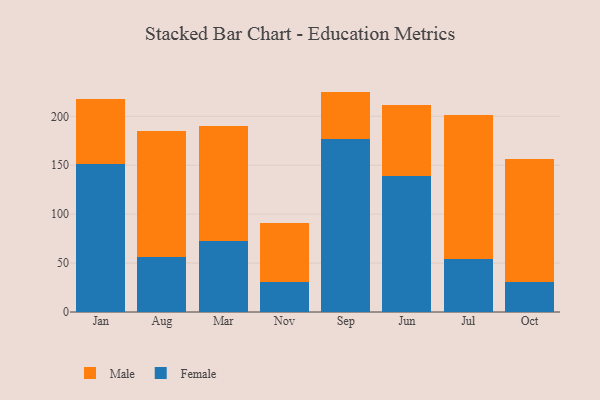
{"axis": {"x": "Month", "y": "Latency (ms)"}, "legend": ["Female", "Male"], "data": [{"x": "Jan", "y": 151.5, "type": "Female"}, {"x": "Jan", "y": 66.1, "type": "Male"}, {"x": "Aug", "y": 56.2, "type": "Female"}, {"x": "Aug", "y": 128.4, "type": "Male"}, {"x": "Mar", "y": 73.0, "type": "Female"}, {"x": "Mar", "y": 117.2, "type": "Male"}, {"x": "Nov", "y": 31.0, "type": "Female"}, {"x": "Nov", "y": 59.7, "type": "Male"}, {"x": "Sep", "y": 176.8, "type": "Female"}, {"x": "Sep", "y": 48.5, "type": "Male"}, {"x": "Jun", "y": 139.5, "type": "Female"}, {"x": "Jun", "y": 71.8, "type": "Male"}, {"x": "Jul", "y": 54.6, "type": "Female"}, {"x": "Jul", "y": 146.4, "type": "Male"}, {"x": "Oct", "y": 30.4, "type": "Female"}, {"x": "Oct", "y": 126.1, "type": "Male"}]}